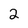
Character: 2